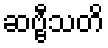
ဆဗ္ဗီသတိ